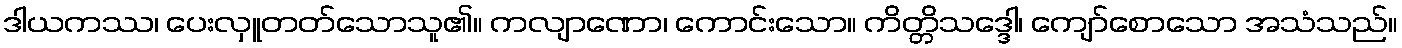
ဒါယကဿ၊ ပေးလှူတတ်သောသူ၏။ ကလျာဏော၊ ကောင်းသော။ ကိတ္တိသဒ္ဒေါ၊ ကျော်စောသော အသံသည်။